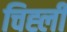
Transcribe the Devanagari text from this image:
चिह्ली